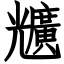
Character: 兤